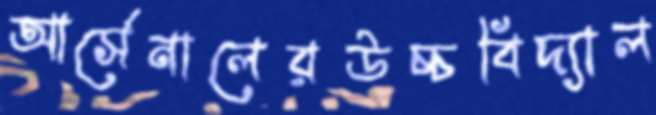
আর্সেনালেরউচ্চবিদ্যাল